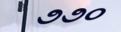
૭૭૦